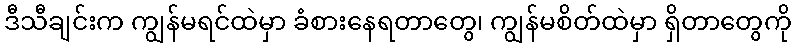
ဒီသီချင်းက ကျွန်မရင်ထဲမှာ ခံစားနေရတာတွေ၊ ကျွန်မစိတ်ထဲမှာ ရှိတာတွေကို